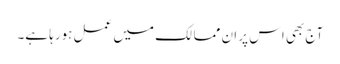
آج بھی اس پر ان ممالک میں عمل ہورہا ہے۔